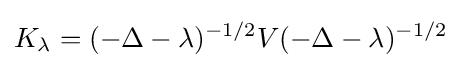
K_{\lambda }=(-\Delta -\lambda )^{-1/2}V(-\Delta -\lambda )^{-1/2}